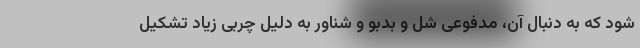
شود که به دنبال آن، مدفوعی شل و بدبو و شناور به دلیل چربی زیاد تشکیل